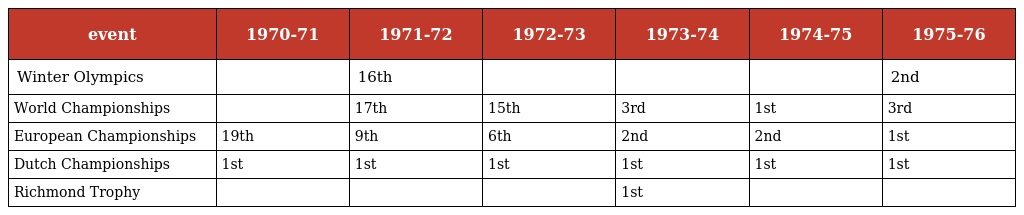
| event | 1970-71 | 1971-72 | 1972-73 | 1973-74 | 1974-75 | 1975-76 |
 | --- | --- | --- | --- | --- | --- | --- |
 | Winter Olympics |  | 16th |  |  |  | 2nd |
 | World Championships |  | 17th | 15th | 3rd | 1st | 3rd |
 | European Championships | 19th | 9th | 6th | 2nd | 2nd | 1st |
 | Dutch Championships | 1st | 1st | 1st | 1st | 1st | 1st |
 | Richmond Trophy |  |  |  | 1st |  |  |